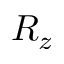
R _ { z }